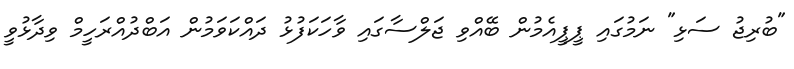
"ބުރިޖު ސަޅި" ނަމުގައި ޕީޕީއެމުން ބޭއްވި ޖަލްސާގައި ވާހަކަފުޅު ދައްކަވަމުން އަބްދުއްރަހީމް ވިދާޅުވީ